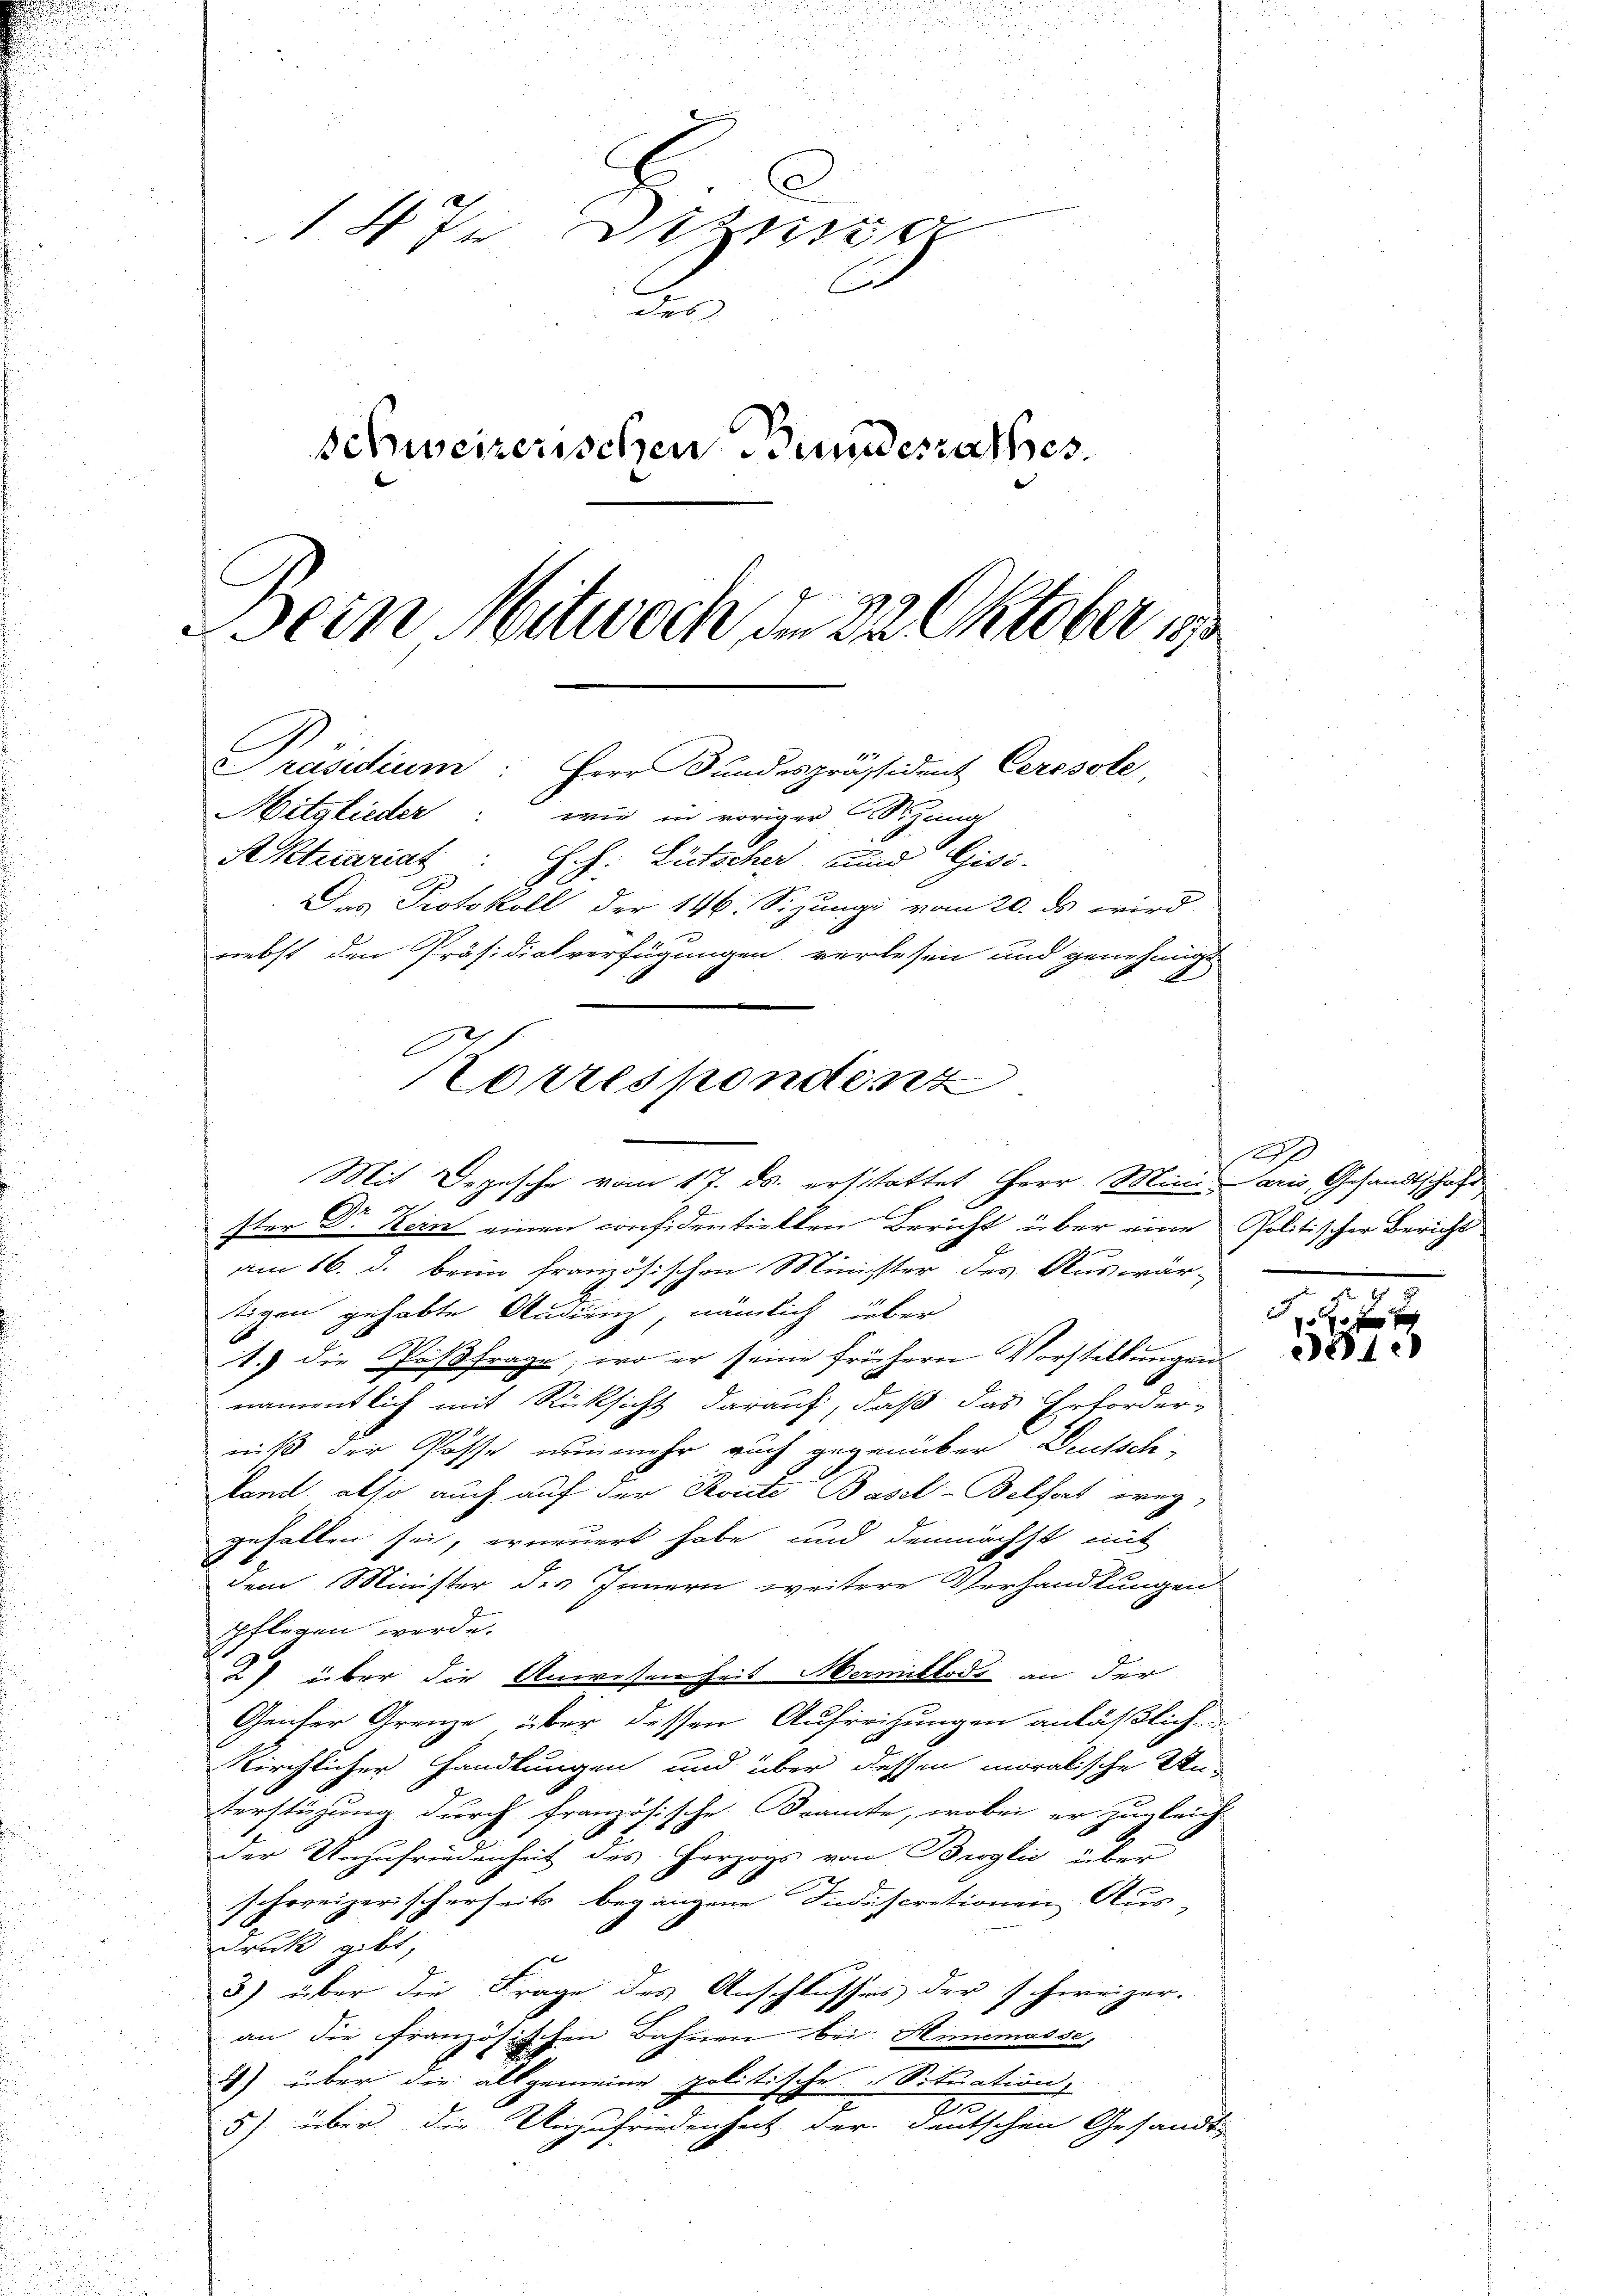
n
u
C
1 Dez
des
Schweizerischen Bundesrathes.
Dein Mitwoch den 22. Oktober 1890
Präsidium: Herr Bundespräsident Cerosole,
Mitglieder: wie in voriger Szung
Aktuariat : H. H. Lütscher und Gisi-
Das Protokoll der 146. Sizung vom 20. ds wird
nebst den Präsidialverfügungen verlesen und genehmigt

u
ster Dr Kern einen considentiellen Bericht über eine Politischer Bericht
am 16. d. beim französischen Minister des Auswär-
tigen gehabte Audienz, nämlich über
1.) die Postfrage; wo er seine frühern Vorstellungen
namentlich mit Rücksicht darauf, daß das Erforder-
niß der Posse nunmehr auch gegenüber Deutsch-
ond. also auch auf der Roicte Basel-Belfort weg-
gefallen sei, erneuert habe und demnächst mit
dem Minister des Innern weitere Verhandlungen
pflegen werde.
2) über die Anwesenheit Mermittods an der
Genter Grenze über dessen Aufreitungen anläßlich
Kirchlicher Handlungen und über dessen moralische Un-
terstüzung durch französische Beamte, wobei er zugleich-
der Unzufriedenheit des Herzogs von Broglić über
schweizerischerseits begangene Siedscrationen Aus-
druck gibt,
3) über die Frage des Anschlusses der schweizer.
an die französischen Bahnen bei Annemasse,
2) über die allgemeine politische Situation,
91
5) über die Unzufriedenheit der deutschen Gesandt-
u
s
u
u

Korrespondenz
Mit Depesche vom 17. ds. erstattet Herr Mini Paris, Gesandtschaft
2

107
0 f 20 x

01.